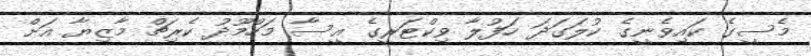
މެސީގެ ކައިވެނީގެ ކުލަގަދަ ހަފުލާ ވިކްޓަރީގެ އީސާ މަހްމޫދު ކެރިޗް މާޒިޔާ އަށް